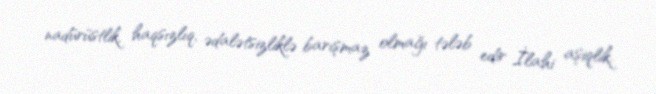
nadürüstlik, haqsızlıq, ədalətsizliklə barışmaz olmağı tələb edir İlahi aşiqlik.